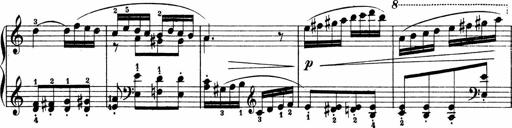
Title: 2 Sonatinen
Composer: Lambertus Adrianus van Tetterode